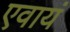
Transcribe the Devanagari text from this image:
एवायं